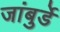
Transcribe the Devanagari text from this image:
जांबुर्डे